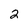
Character: 2